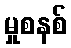
မှုစနစ်